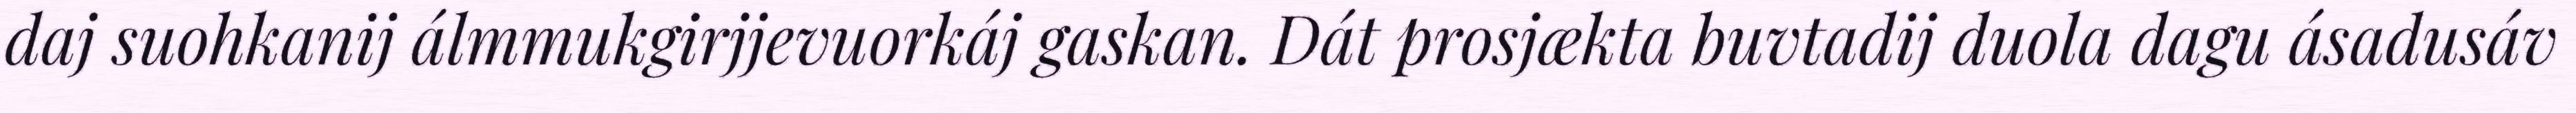
daj suohkanij álmmukgirjjevuorkáj gaskan. Dát prosjækta buvtadij duola dagu ásadusáv